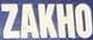
ZAKHO